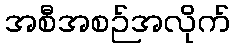
အစီအစဉ်အလိုက်